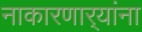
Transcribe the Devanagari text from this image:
नाकारणार्‍यांना